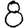
Digit: 8